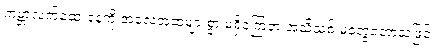
ကမ္ဘာ့လက်ဆေးနေ့ကို အလေ့အထများစွာ မရှိခဲ့ကြဘဲ အသိသစ် မတွေ့တော့သဖြင့်